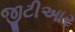
જીટીઆર